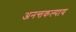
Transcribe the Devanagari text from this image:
अनन्तकल्पाय